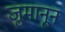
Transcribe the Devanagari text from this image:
जुमानून